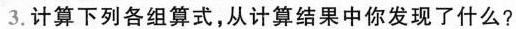
3.计算下列各组算式，从计算结果中你发现了什么?